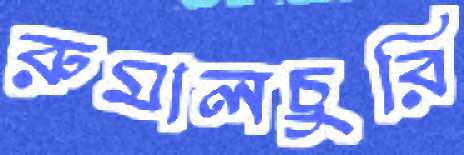
রুমালচুরি